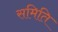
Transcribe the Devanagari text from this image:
समिति